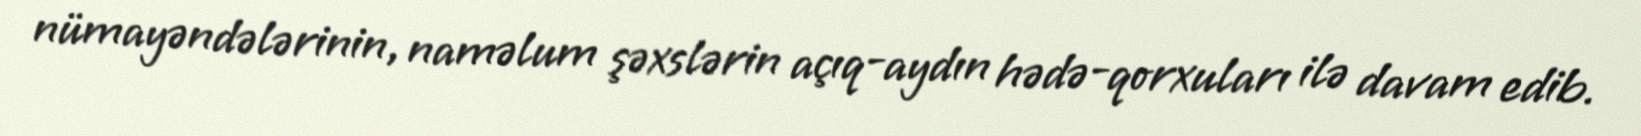
nümayəndələrinin, naməlum şəxslərin açıq-aydın hədə-qorxuları ilə davam edib.